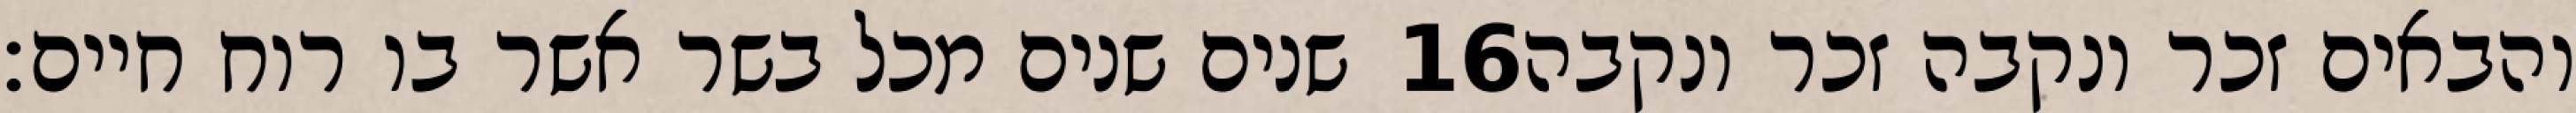
שנים שנים מכל בשר אשר בו רוח חיים׃ ‎16‏ והבאים זכר ונקבה זכר ונקבה